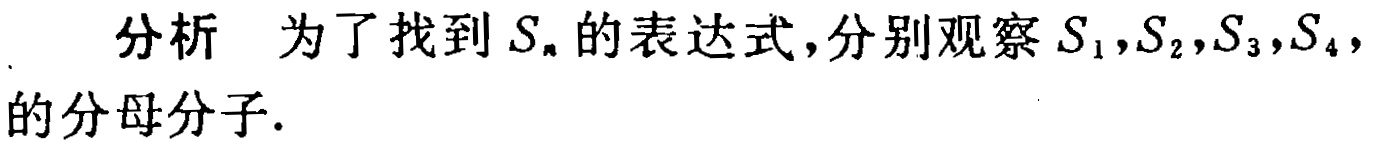
分析 为了找到 \(S_{n}\) 的表达式，分别观察 \(S_{1},S_{2},S_{3},S_{4}\) 的分母分子.